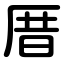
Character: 厝